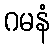
ဂမနံ